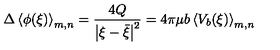
\Delta \left\langle \phi ( \xi ) \right\rangle _ { m , n } = \frac { 4 Q } { \left| \xi - \bar { \xi } \right| ^ { 2 } } = 4 \pi \mu b \left\langle V _ { b } ( \xi ) \right\rangle _ { m , n }